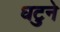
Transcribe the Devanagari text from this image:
घटुने